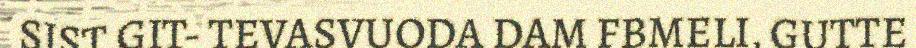
SIST GIT- TEVASVUODA DAM FBMELI, GUTTE